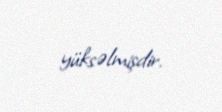
yüksəlmişdir.